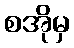
စအိုမှ